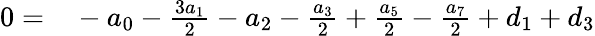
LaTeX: \begin{array}{rl}{0=}&{{}-a_{0}-\frac{3a_{1}}{2}-a_{2}-\frac{a_{3}}{2}+\frac{a_{5}}{2}-\frac{a_{7}}{2}+d_{1}+d_{3}}\end{array}